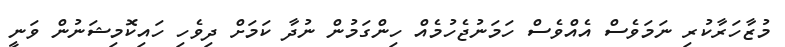
މުޒާހަރާކުރި ނަމަވެސް އެއްވެސް ހަމަނުޖެހުމެއް ހިންގަމުން ނުދާ ކަމަށް ދިވެހި ހައިކޮމިޝަނުން ވަނީ